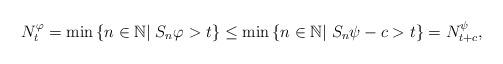
LaTeX: \begin{align*}N_{t}^{\varphi}=\min\left\{ n\in\mathbb{N}\middle|\; S_{n}\varphi>t\right\} \leq\min\left\{ n\in\mathbb{N}\middle|\; S_{n}\psi-c>t\right\} =N_{t+c}^{\psi},\end{align*}